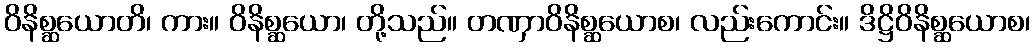
ဝိနိစ္ဆယောတိ၊ ကား။ ဝိနိစ္ဆယော၊ တို့သည်။ တဏှာဝိနိစ္ဆယောစ၊ လည်းကောင်း။ ဒိဋ္ဌိဝိနိစ္ဆယောစ၊